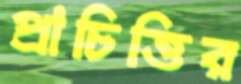
প্রাচিত্তির